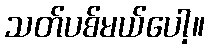
သတ်ပစ်မယ်ပေါ့။